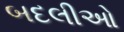
બદલીઓ